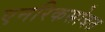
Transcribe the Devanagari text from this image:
एनरिकसोबत